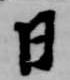
日